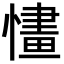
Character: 㦎